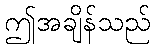
ဤအချိန်သည်